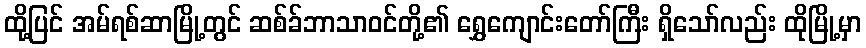
ထို့ပြင် အမ်ရစ်ဆာမြို့တွင် ဆစ်ခ်ဘာသာဝင်တို့၏ ရွှေကျောင်းတော်ကြီး ရှိသော်လည်း ထိုမြို့မှာ